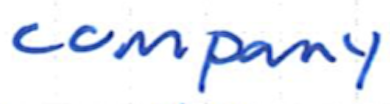
Text: company
Cross-out: clean
Writing tool: ballpoint